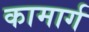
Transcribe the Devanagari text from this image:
कामार्ग